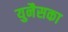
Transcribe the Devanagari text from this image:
युनैसका